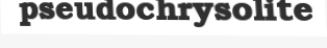
pseudochrysolite